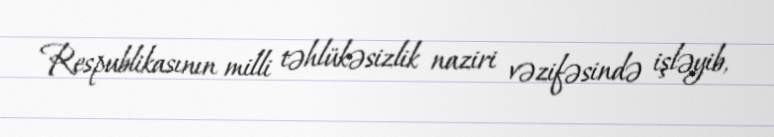
Respublikasının milli təhlükəsizlik naziri vəzifəsində işləyib,